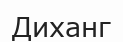
Диханг